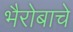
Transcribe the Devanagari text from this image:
भैरोबाचे